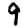
Digit: 9